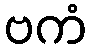
ဗကံ